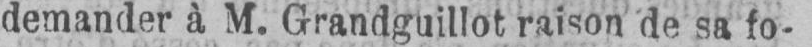
demander à M. Grandguillot raison de sa fo-